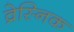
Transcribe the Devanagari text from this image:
व्रेस्निक